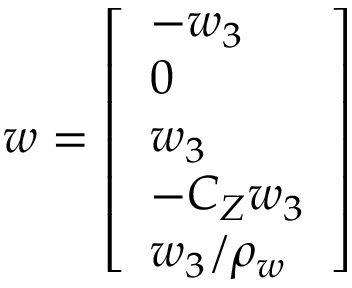
w = \left[ \begin{array} { l } { - w _ { 3 } } \\ { 0 } \\ { w _ { 3 } } \\ { - C _ { Z } w _ { 3 } } \\ { w _ { 3 } / \rho _ { w } } \end{array} \right]